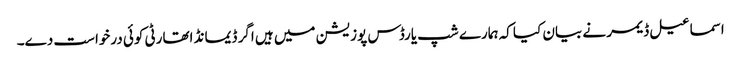
اسماعیل ڈیمر نے بیان کیا کہ ہمارے شپ یارڈس پوزیشن میں ہیں اگر ڈیمانڈ اتھارٹی کوئی درخواست دے۔